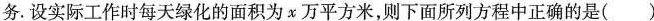
务。设实际工作时每天绿化的面积为x万平方米，则下面所列方程中正确的是( )